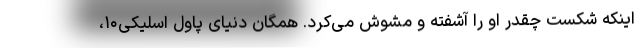
اینکه شکست چقدر او را آشفته و مشوش می‌کرد. همگان دنیای پاول اسلیکی۱۰،